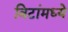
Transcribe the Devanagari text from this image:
विटांमध्ये